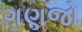
ગણજો